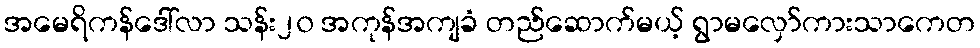
အမေရိကန်ဒေါ်လာ သန်း၂၀ အကုန်အကျခံ တည်ဆောက်မယ့် ရွာမလှော်ကားသာကေတ